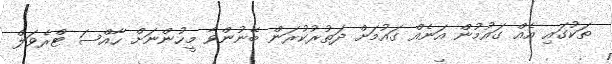
ތަކުގައި އެއް ގައުމުން އަނެއް ގައުމަށް ދަތުރުކުރަން ބޭނުންވާ މީހުންނަށް ހާއްސަ ޓްރެވަލް